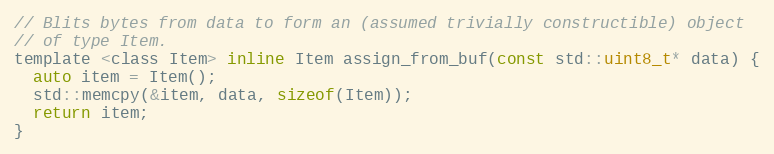
Language: C
// Blits bytes from data to form an (assumed trivially constructible) object
// of type Item.
template <class Item> inline Item assign_from_buf(const std::uint8_t* data) {
  auto item = Item();
  std::memcpy(&item, data, sizeof(Item));
  return item;
}